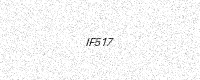
Text: IF517